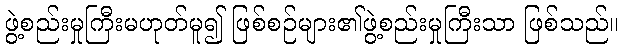
ဖွဲ့စည်းမှုကြီးမဟုတ်မူ၍ ဖြစ်စဉ်များ၏ဖွဲ့စည်းမှုကြီးသာ ဖြစ်သည်။